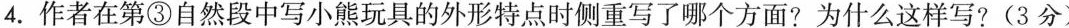
4.作者在第③自然段中写小熊玩具的外形特点时侧重写了哪个方面?为什么这样写?(3分)